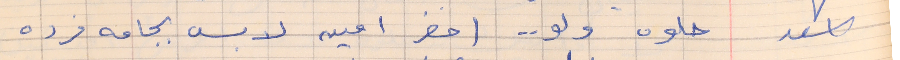
اسعد       حلوه ولو . .  (حضر امين لابس بجامه فرده